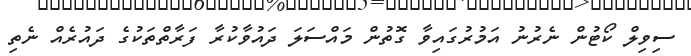
ސިވިލް ކޯޓުން ނެރުނު އަމުރުގައިވާ ގޮތުން މައްސަލަ ދައުވާކުރާ ފަރާތްތަކުގެ ދައުރެއް ނެތި